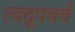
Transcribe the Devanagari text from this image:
त्वद्रूपचर्चे